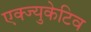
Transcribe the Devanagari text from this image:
एक्ज्युकेटिव